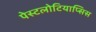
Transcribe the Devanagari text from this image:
पेस्टलोटियाप्सिस